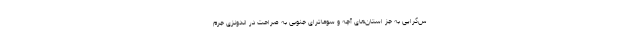
س‌گرایی به جز استان‌های آچه و سوماترای جنوبی به صراحت در اندونزی جرم